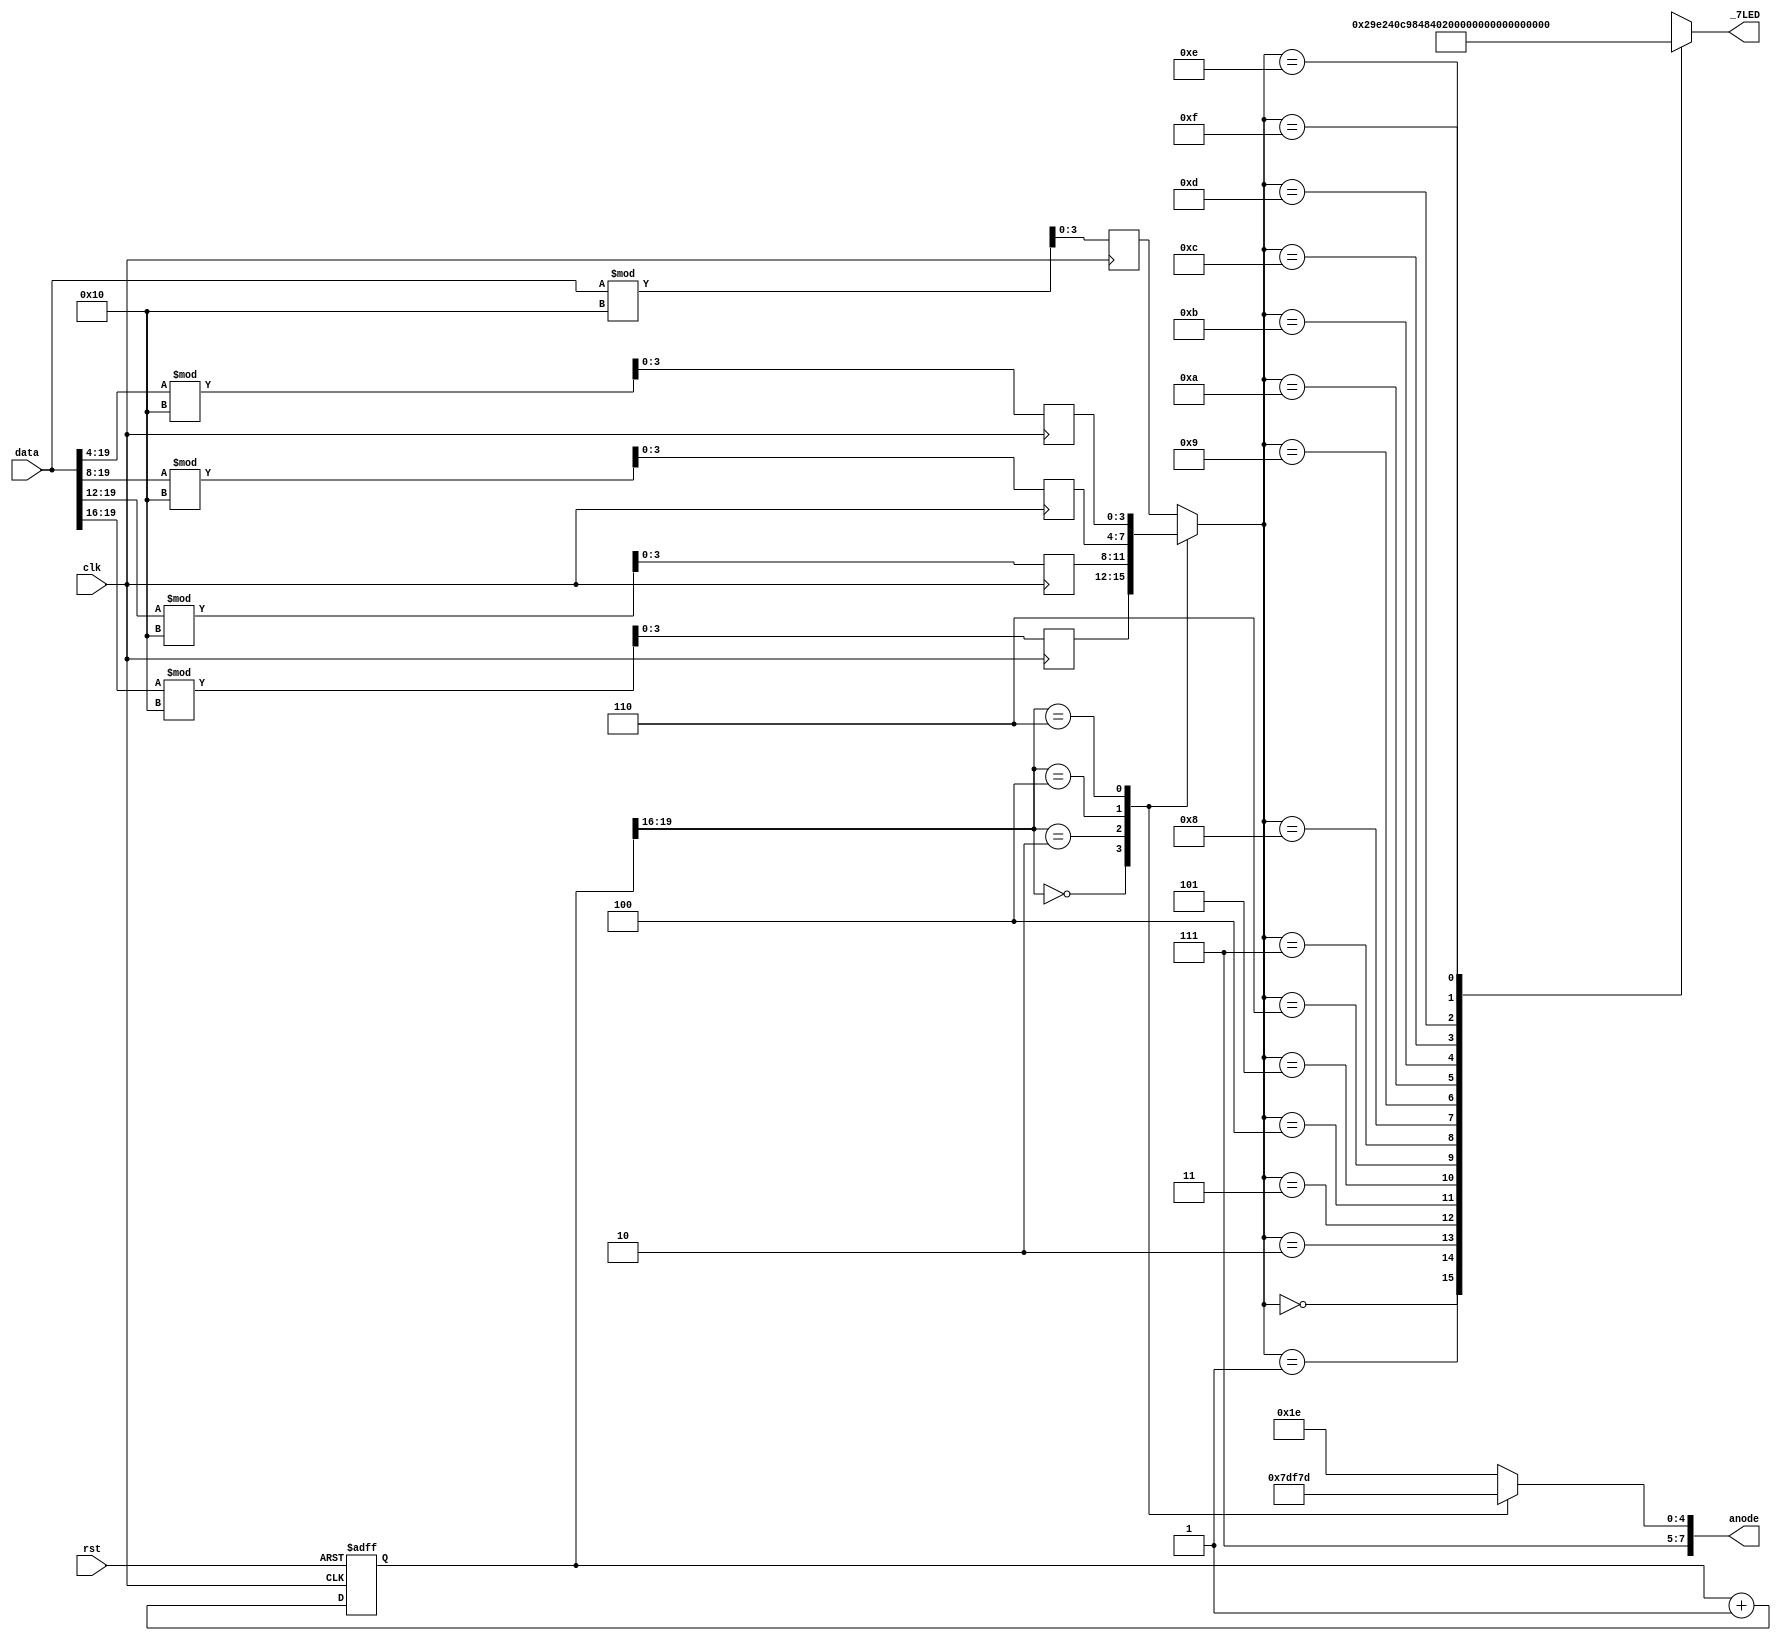
`timescale 1fs/1fs

/*
* Chance Reimer
* Ver 2 
*/

module SSEG(input clk,
            input rst,
            input [19:0] data,    //have 5 hex digits, 
            output reg [7:0] anode, 
            output reg [7:0] _7LED
            );

//LUT for the display
wire [7:0] anodeSelect [0:15]; //here is our select for our Anode use codes 0-9 for our LUT
assign anodeSelect[0]  = 8'b00000010; //0 //ABCDEFGDP is pinout, active low
assign anodeSelect[1]  = 8'b10011110; //1
assign anodeSelect[2]  = 8'b00100100; //2
assign anodeSelect[3]  = 8'b00001100; //3
assign anodeSelect[4]  = 8'b10011000; //4
assign anodeSelect[5]  = 8'b01001000; //5 
assign anodeSelect[6]  = 8'b01000000; //6
assign anodeSelect[7]  = 8'b00011110; //7
assign anodeSelect[8]  = 8'b00000000; //8
assign anodeSelect[9]  = 8'b00001000; //9
assign anodeSelect[10] = 8'b00010000; //A
assign anodeSelect[11] = 8'b11000000; //b
assign anodeSelect[12] = 8'b01100010; //C
assign anodeSelect[13] = 8'b10000100; //d
assign anodeSelect[14] = 8'b01100000; //E
assign anodeSelect[15] = 8'b01110000; //F

reg [19:0] refresh; //sets enable for refresh rate
reg [3:0] select; //determines what value will be sent out to chosen 7 seg
reg [3:0] hex0;
reg [3:0] hex1;
reg [3:0] hex2;
reg [3:0] hex3;
reg [3:0] hex4;

wire [3:0] enable; //tells when to switch to next anode

//this always block gives the refresh rate for the 7seg display
always@(posedge clk or negedge rst)
begin
    if(!rst)
        refresh <= 0;
    else
        refresh <= refresh+1;
end

//this enable value is actually what is checked to move to the next 7seg
assign enable = refresh[19:16];

//this will always select the proper output based on the toggle
always@(posedge clk)
begin 
        hex0 <=  data%16;
        hex1 <= (data >> 4)  % 16;
        hex2 <= (data >> 8)  % 16;
        hex3 <= (data >> 12) % 16;
        hex4 <= (data >> 16) % 16;
end

always@(*)
begin
    case(enable)
             4'b0000: begin
                select = hex4;
                anode = 8'b1110_1111; //this is for the hundreds
            end
            4'b0010: begin
                select = hex3;
                anode = 8'b1111_0111; //this is for the tens
            end
            4'b0100: begin
                select = hex2;
                anode = 8'b1111_1011; //This is for the ones
            end
            4'b0110: begin
                select = hex1;
                anode = 8'b1111_1101;
            end
            4'b0111: begin
                select = hex0;
                anode = 8'b1111_1110;
            end
            
            default: begin
                select = hex0;
                anode = 8'b1111_1110;
            end
    endcase
end

//here we assign our LUT to the _7LED
always@(*)
begin
    case(select)
        4'b0000: _7LED = anodeSelect[0];  // 0     
        4'b0001: _7LED = anodeSelect[1];  // 1 
        4'b0010: _7LED = anodeSelect[2];  // 2 
        4'b0011: _7LED = anodeSelect[3];  // 3 
        4'b0100: _7LED = anodeSelect[4];  // 4 
        4'b0101: _7LED = anodeSelect[5];  // 5
        4'b0110: _7LED = anodeSelect[6];  // 6 
        4'b0111: _7LED = anodeSelect[7];  // 7 
        4'b1000: _7LED = anodeSelect[8];  // 8    
        4'b1001: _7LED = anodeSelect[9];  // 9 
        4'b1010: _7LED = anodeSelect[10]; // A
        4'b1011: _7LED = anodeSelect[11]; // B
        4'b1100: _7LED = anodeSelect[12]; // C
        4'b1101: _7LED = anodeSelect[13]; // D
        4'b1110: _7LED = anodeSelect[14]; // E
        4'b1111: _7LED = anodeSelect[15]; // F
        default: _7LED = anodeSelect[0];  // 0		
    endcase
end
endmodule